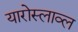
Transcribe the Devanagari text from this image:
यारोस्लाव्ल